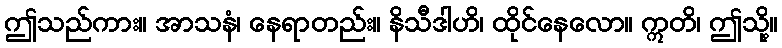
ဤသည်ကား။ အာသနံ၊ နေရာတည်း။ နိသီဒါဟိ၊ ထိုင်နေလော။ ဣတိ၊ ဤသို့။